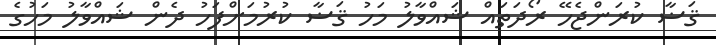
ޤަޟާ ކުރަންޖެހޭ ރޯދަތައް ޝައްވާލު މަހު ޤަޟާ ކުރުމަށްފަހު ދެން ޝައްވާލު މަހުގެ